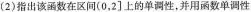
(2)指出该函数在区间(0，2]上的单调性，并用函数单调性